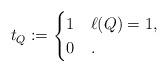
LaTeX: \begin{align*}t_Q:=\begin{cases}1&\ell(Q)=1,\\0&.\end{cases}\end{align*}